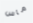
ماس